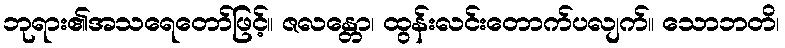
ဘုရား၏အသရေတော်ဖြင့်။ ဇလန္တော၊ ထွန်းလင်းတောက်ပလျက်။ သောဘတိ၊